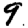
Digit: 9